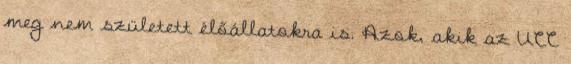
meg nem született élőállatokra is. Azok, akik az UCC